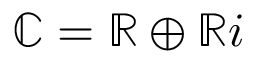
\mathbb { C } = \mathbb { R } \oplus \mathbb { R } i